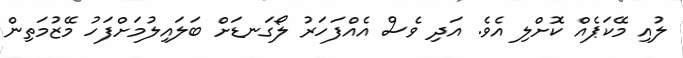
ލުއި މޭކަޕެއް ކޮށްލި އެވެ. އަދި ވެސް އެއްފަހަރު ލޯގަނޑަށް ބަލައިލުމަށްފަހު މޭޒުމަތިން